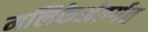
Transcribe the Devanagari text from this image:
मलिकेअंतर्गत